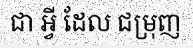
ជា អ្វី ដែល ជម្រុញ